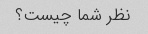
نظر شما چیست؟